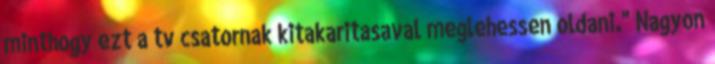
minthogy ezt a tv csatornak kitakaritasaval meglehessen oldani." Nagyon